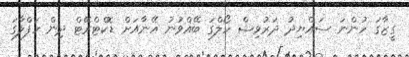
ގީޒާގަ ހުންނަ ސައްޔިދު ދަރުވިޝް ހޯލްގަ ބޭއްވުނު އޭނާއަށް ޑޮކްޓްރޭޓް ދިން ހަފްލާގަ